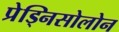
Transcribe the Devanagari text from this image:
प्रेड्निसोलोन